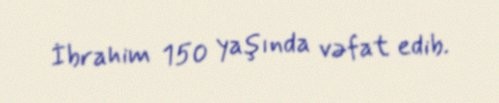
İbrahim 150 yaşında vəfat edib.